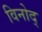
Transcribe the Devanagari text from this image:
विनोद्